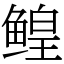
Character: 鳇